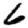
Digit: 6